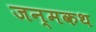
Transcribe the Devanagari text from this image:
जन्मकथ